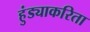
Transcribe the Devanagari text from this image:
हुंड्याकरिता